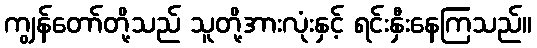
ကျွန်တော်တို့သည် သူတို့အားလုံးနှင့် ရင်းနှီးနေကြသည်။